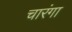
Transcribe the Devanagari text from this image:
चारंगा